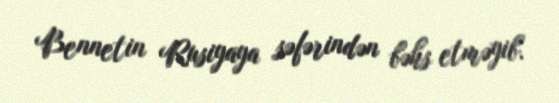
Bennetin Rusiyaya səfərindən bəhs etməyib.